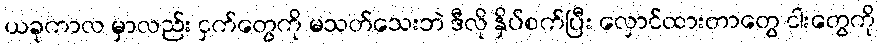
ယခုကာလ မှာလည်း ငှက်တွေကို မသတ်သေးဘဲ ဒီလို နှိပ်စက်ပြီး လှောင်ထားတာတွေ ငါးတွေကို